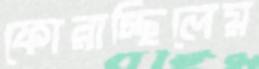
ফোরাচ্ছিলেম